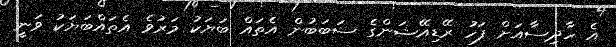
އެ ހާދިސާއަށް ފަހު ރޭޑިއޭޝަންގެ ސަބަބުން އެތައް ބަޔަކު މަރުވެ އެތައްބަޔަކު ވަނީ